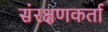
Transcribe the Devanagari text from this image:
संरक्षणकर्ता